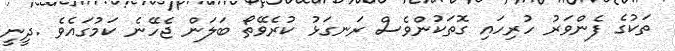
ތަކުގެ ފެންވަރު ހުރިހައި ގޮތަކުންވެސް ރަނގަޅު ކުރެވޭތޯ ބަލަން ޖެހޭނެ ކަމުގައެވެ .ދީނީ